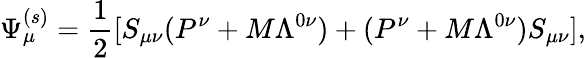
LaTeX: \Psi_{\mu}^{(s)}={\frac{1}{2}}[S_{\mu\nu}(P^{\nu}+M\Lambda^{0\nu})+(P^{\nu}+M\Lambda^{0\nu})S_{\mu\nu}],